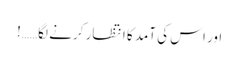
اور اس کی آمد کا انتظار کرنے لگا……!